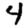
Digit: 4